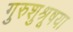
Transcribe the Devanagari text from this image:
गुरुशुश्रूषया